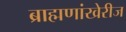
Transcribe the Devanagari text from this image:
ब्राह्मणांखेरीज